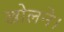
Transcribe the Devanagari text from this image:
खोलने।